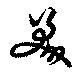
羮